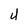
Character: 4